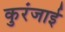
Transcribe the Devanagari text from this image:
कुरंजाई